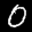
Label: 0